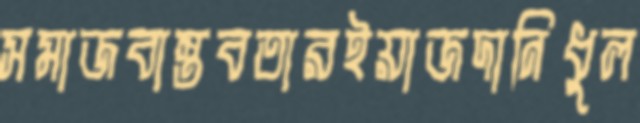
সমাজবাস্তবতারইয়াজদানিধুল